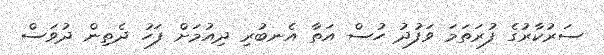
ސަރުކާރުގެ ފުރަތަމަ ވަފުދު ހުސް އަތާ އެނބުރި ދިއުމަށް ފަހު ދެތިން ދުވަސް